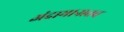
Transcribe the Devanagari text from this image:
अंदामानातच